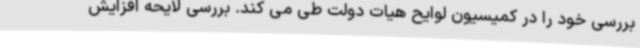
بررسی خود را در کمیسیون لوایح هیات دولت طی می کند. بررسی لایحه افزایش